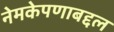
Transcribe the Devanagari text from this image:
नेमकेपणाबद्दल